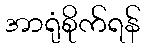
အာရုံစိုက်ရန်